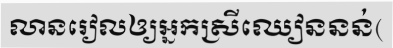
លានរៀលឲ្យអ្នកស្រីឈៀននន់(